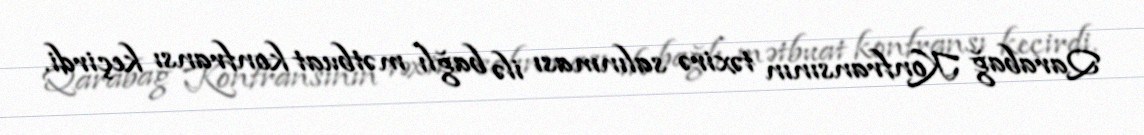
Qarabağ Konfransının təxirə salınması ilə bağlı mətbuat konfransı keçirdi.